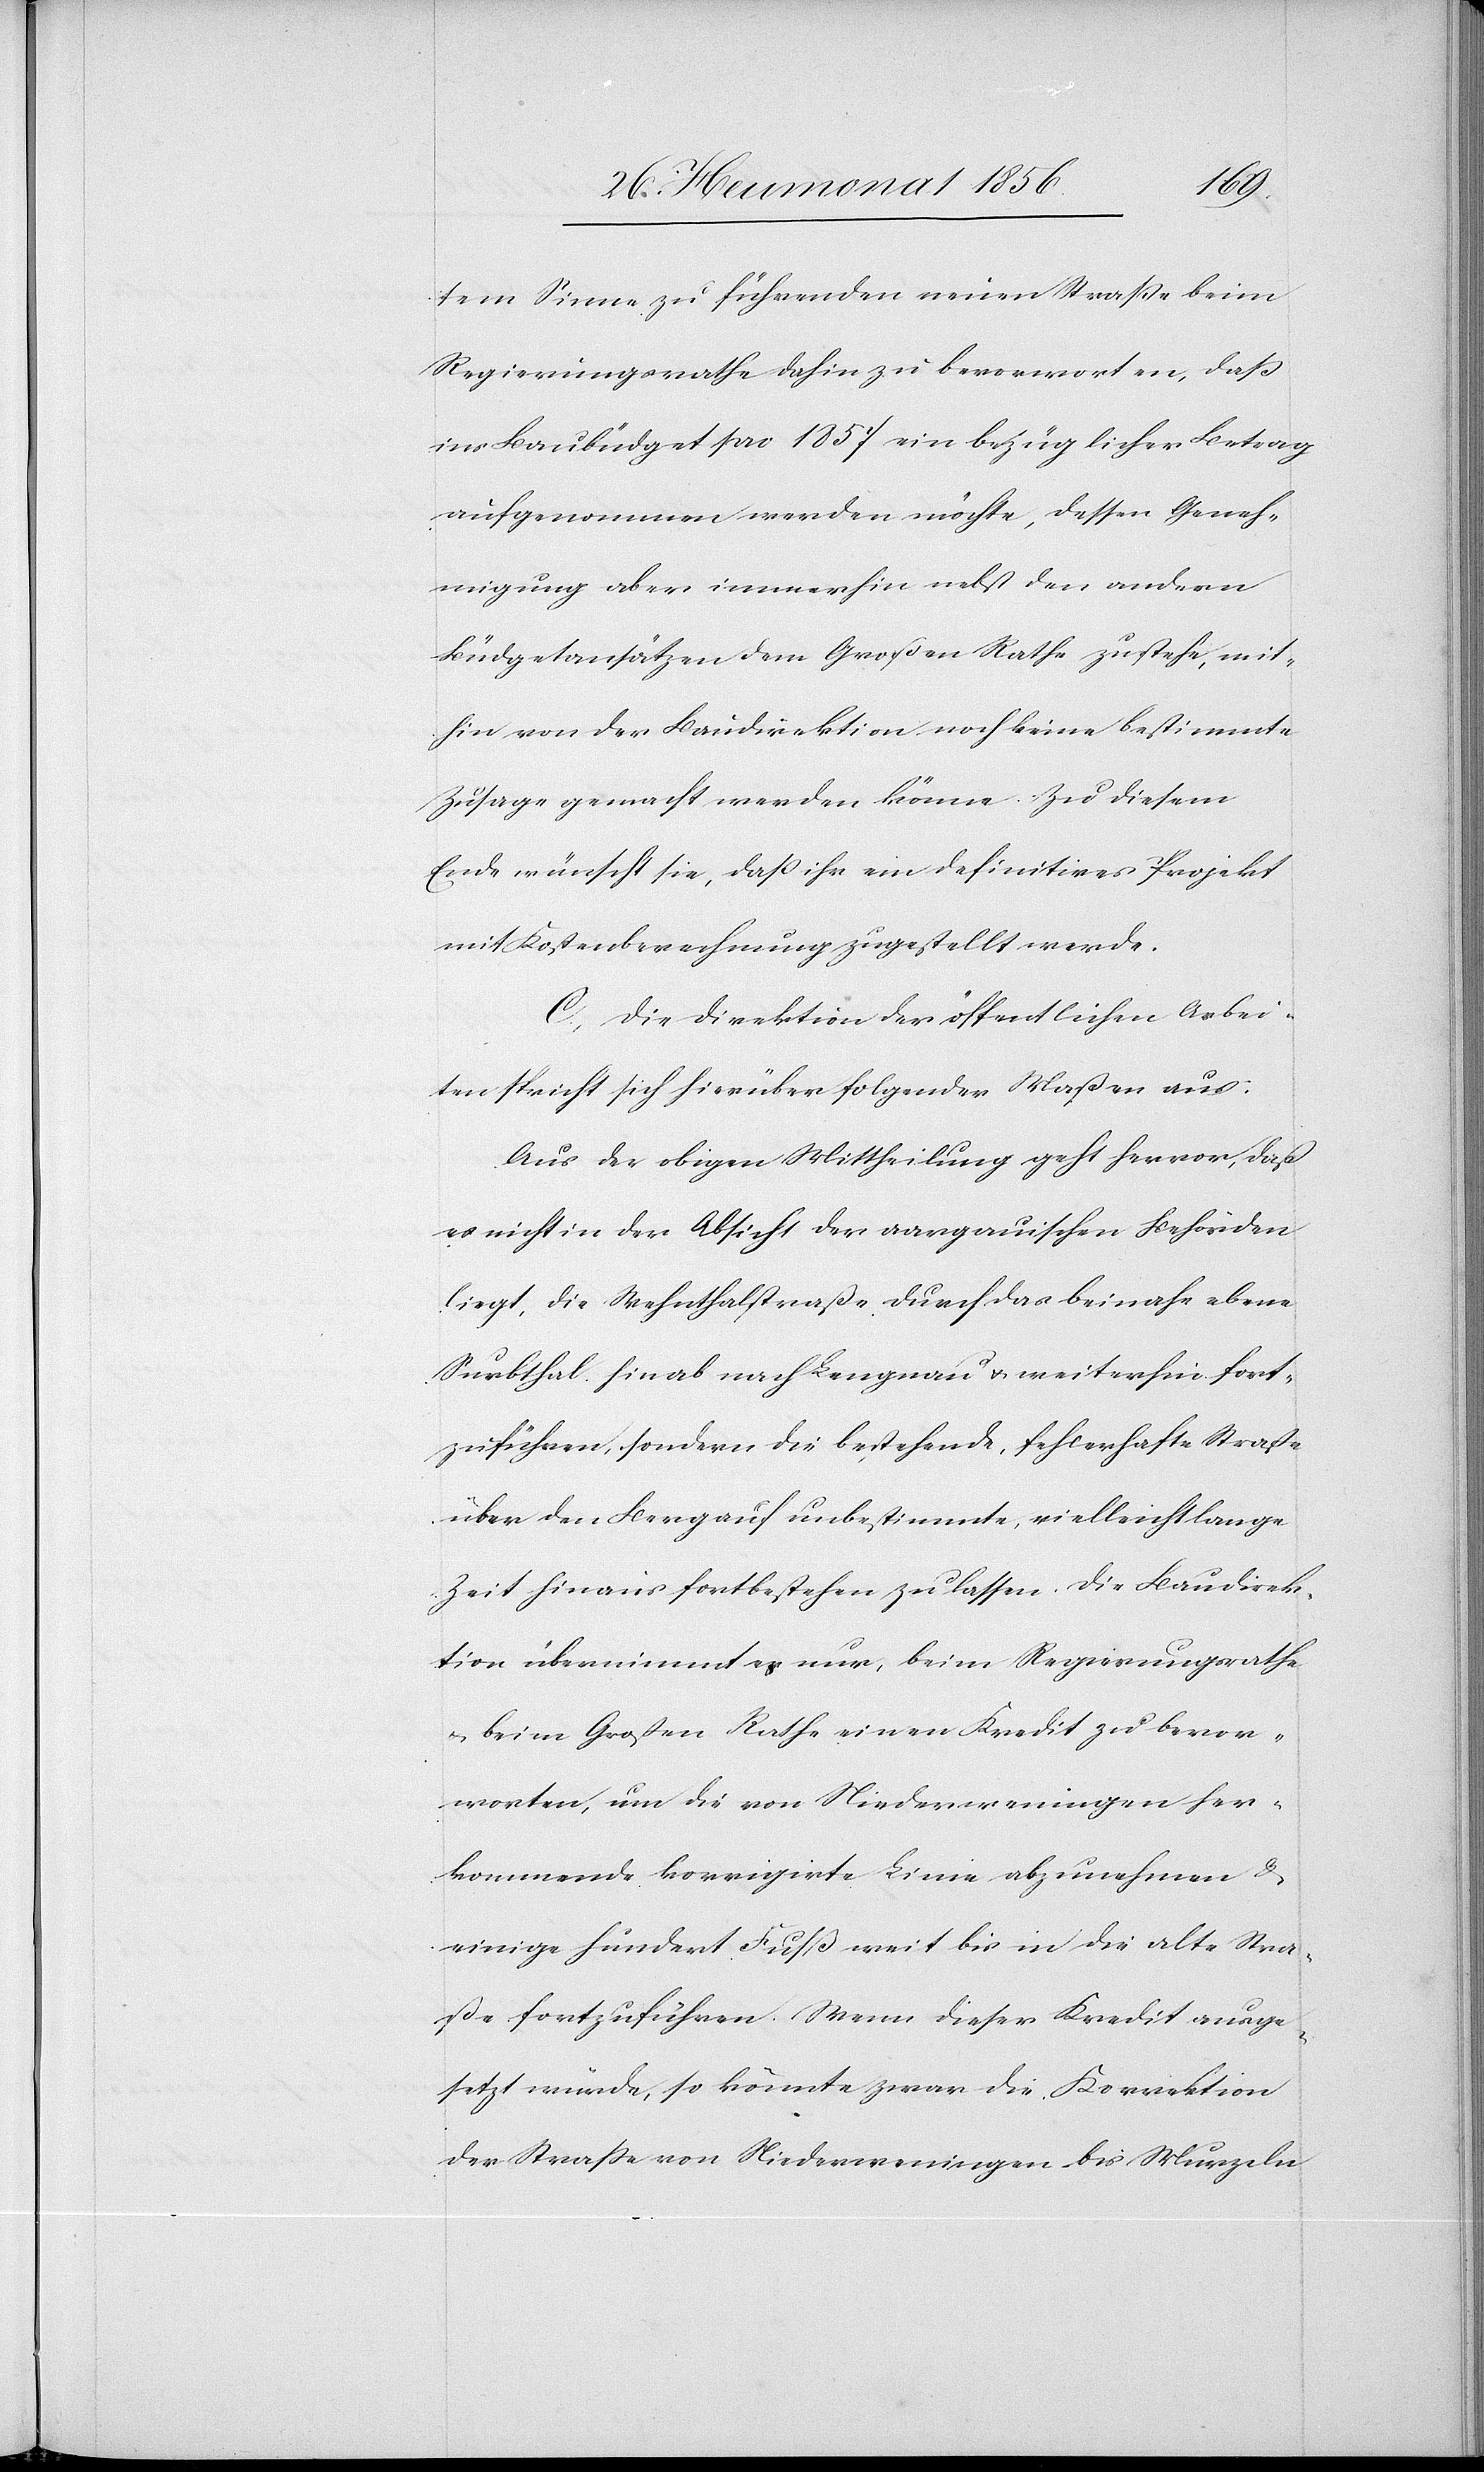
tem Sinne zu führenden neuen Straße beim
Regierungsrathe dahin zu bevorworten, dass
ins Baubüdget pro 1857 ein bezüglicher Betrag
aufgenommen werden möchte, dessen Geneh¬
migung aber immerhin nebst den andern
Büdgetansätzen dem Großen Rathe zustehe, mit¬
hin von der Baudirektion noch keine bestimmte
Zusage gemacht werden könne. Zu diesem
Ende wünscht sie, dass ihr ein definitives Projekt
mit Kostenberechnung zugestellt werde.
C.) Die Direktion der öffentlichen Arbei¬
ten spricht sich hierüber folgender Maßen aus:
Aus der obigen Mittheilung geht hervor, daß
es nicht in der Absicht der aargauischen Behörden
liegt, die Wehnthalstraße durch das beinahe ebene
Surbthal hinab nach Lengnau u. weiterhin fort¬
zuführen, sondern die bestehende, fehlerhafte Straße
über den Berg auf unbestimmte, vielleicht lange
Zeit hinaus fortbestehen zu lassen. Die Baudirek¬
tion übernimmt es nur, beim Regierungsrathe
u. beim Großen Rathe einen Kredit zu bevor¬
worten, um die von Niederweningen her¬
kommende korrigirte Linie abzunehmen &
einige hundert Fuß weit bis in die alte Stra¬
ße fortzuführen. Wenn dieser Kredit ausge¬
setzt würde, so könnte zwar die Korrektion
der Strasse von Niederweningen bis Murzeln